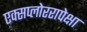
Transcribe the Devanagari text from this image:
एक्सप्लोररापेक्षा